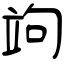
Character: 竘